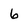
Character: 6